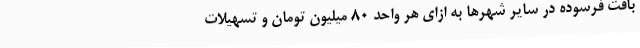
بافت فرسوده در سایر شهرها به ازای هر واحد ۸۰ میلیون تومان و تسهیلات